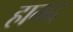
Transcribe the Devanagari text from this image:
हामद